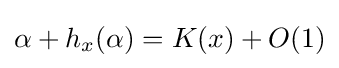
\alpha +h_{x}(\alpha )=K(x)+O(1)